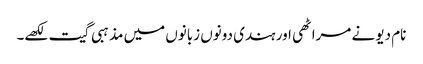
نام دیو نے مراٹھی اور ہندی دونوں زبانوں میں مذہبی گیت لکھے۔